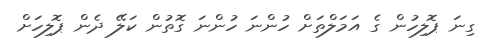
ގިނަ ޕޮލިހުން ގެ އަމަލްތަށް ހުންނަ ހުންނަ ގޮތުން ކަލޭ ދެން ޕޮލިހަށް